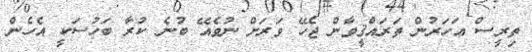
ތިރީސް އަހަރުން ތަރައްޤީވާން ޖެހޭ ވަރަށް ނުވެއޭ ބުނެ ކުރާ ބަހުސަކީ އެހެން